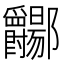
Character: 𫑲